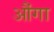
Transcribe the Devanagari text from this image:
औंगा